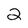
Character: 2